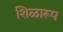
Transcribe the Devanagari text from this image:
शिळारूप